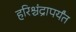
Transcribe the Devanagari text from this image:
हरिश्चंद्रापर्यंत